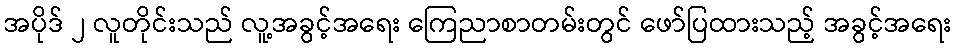
အပိုဒ် ၂ လူတိုင်းသည် လူ့အခွင့်အရေး ကြေညာစာတမ်းတွင် ဖော်ပြထားသည့် အခွင့်အရေး